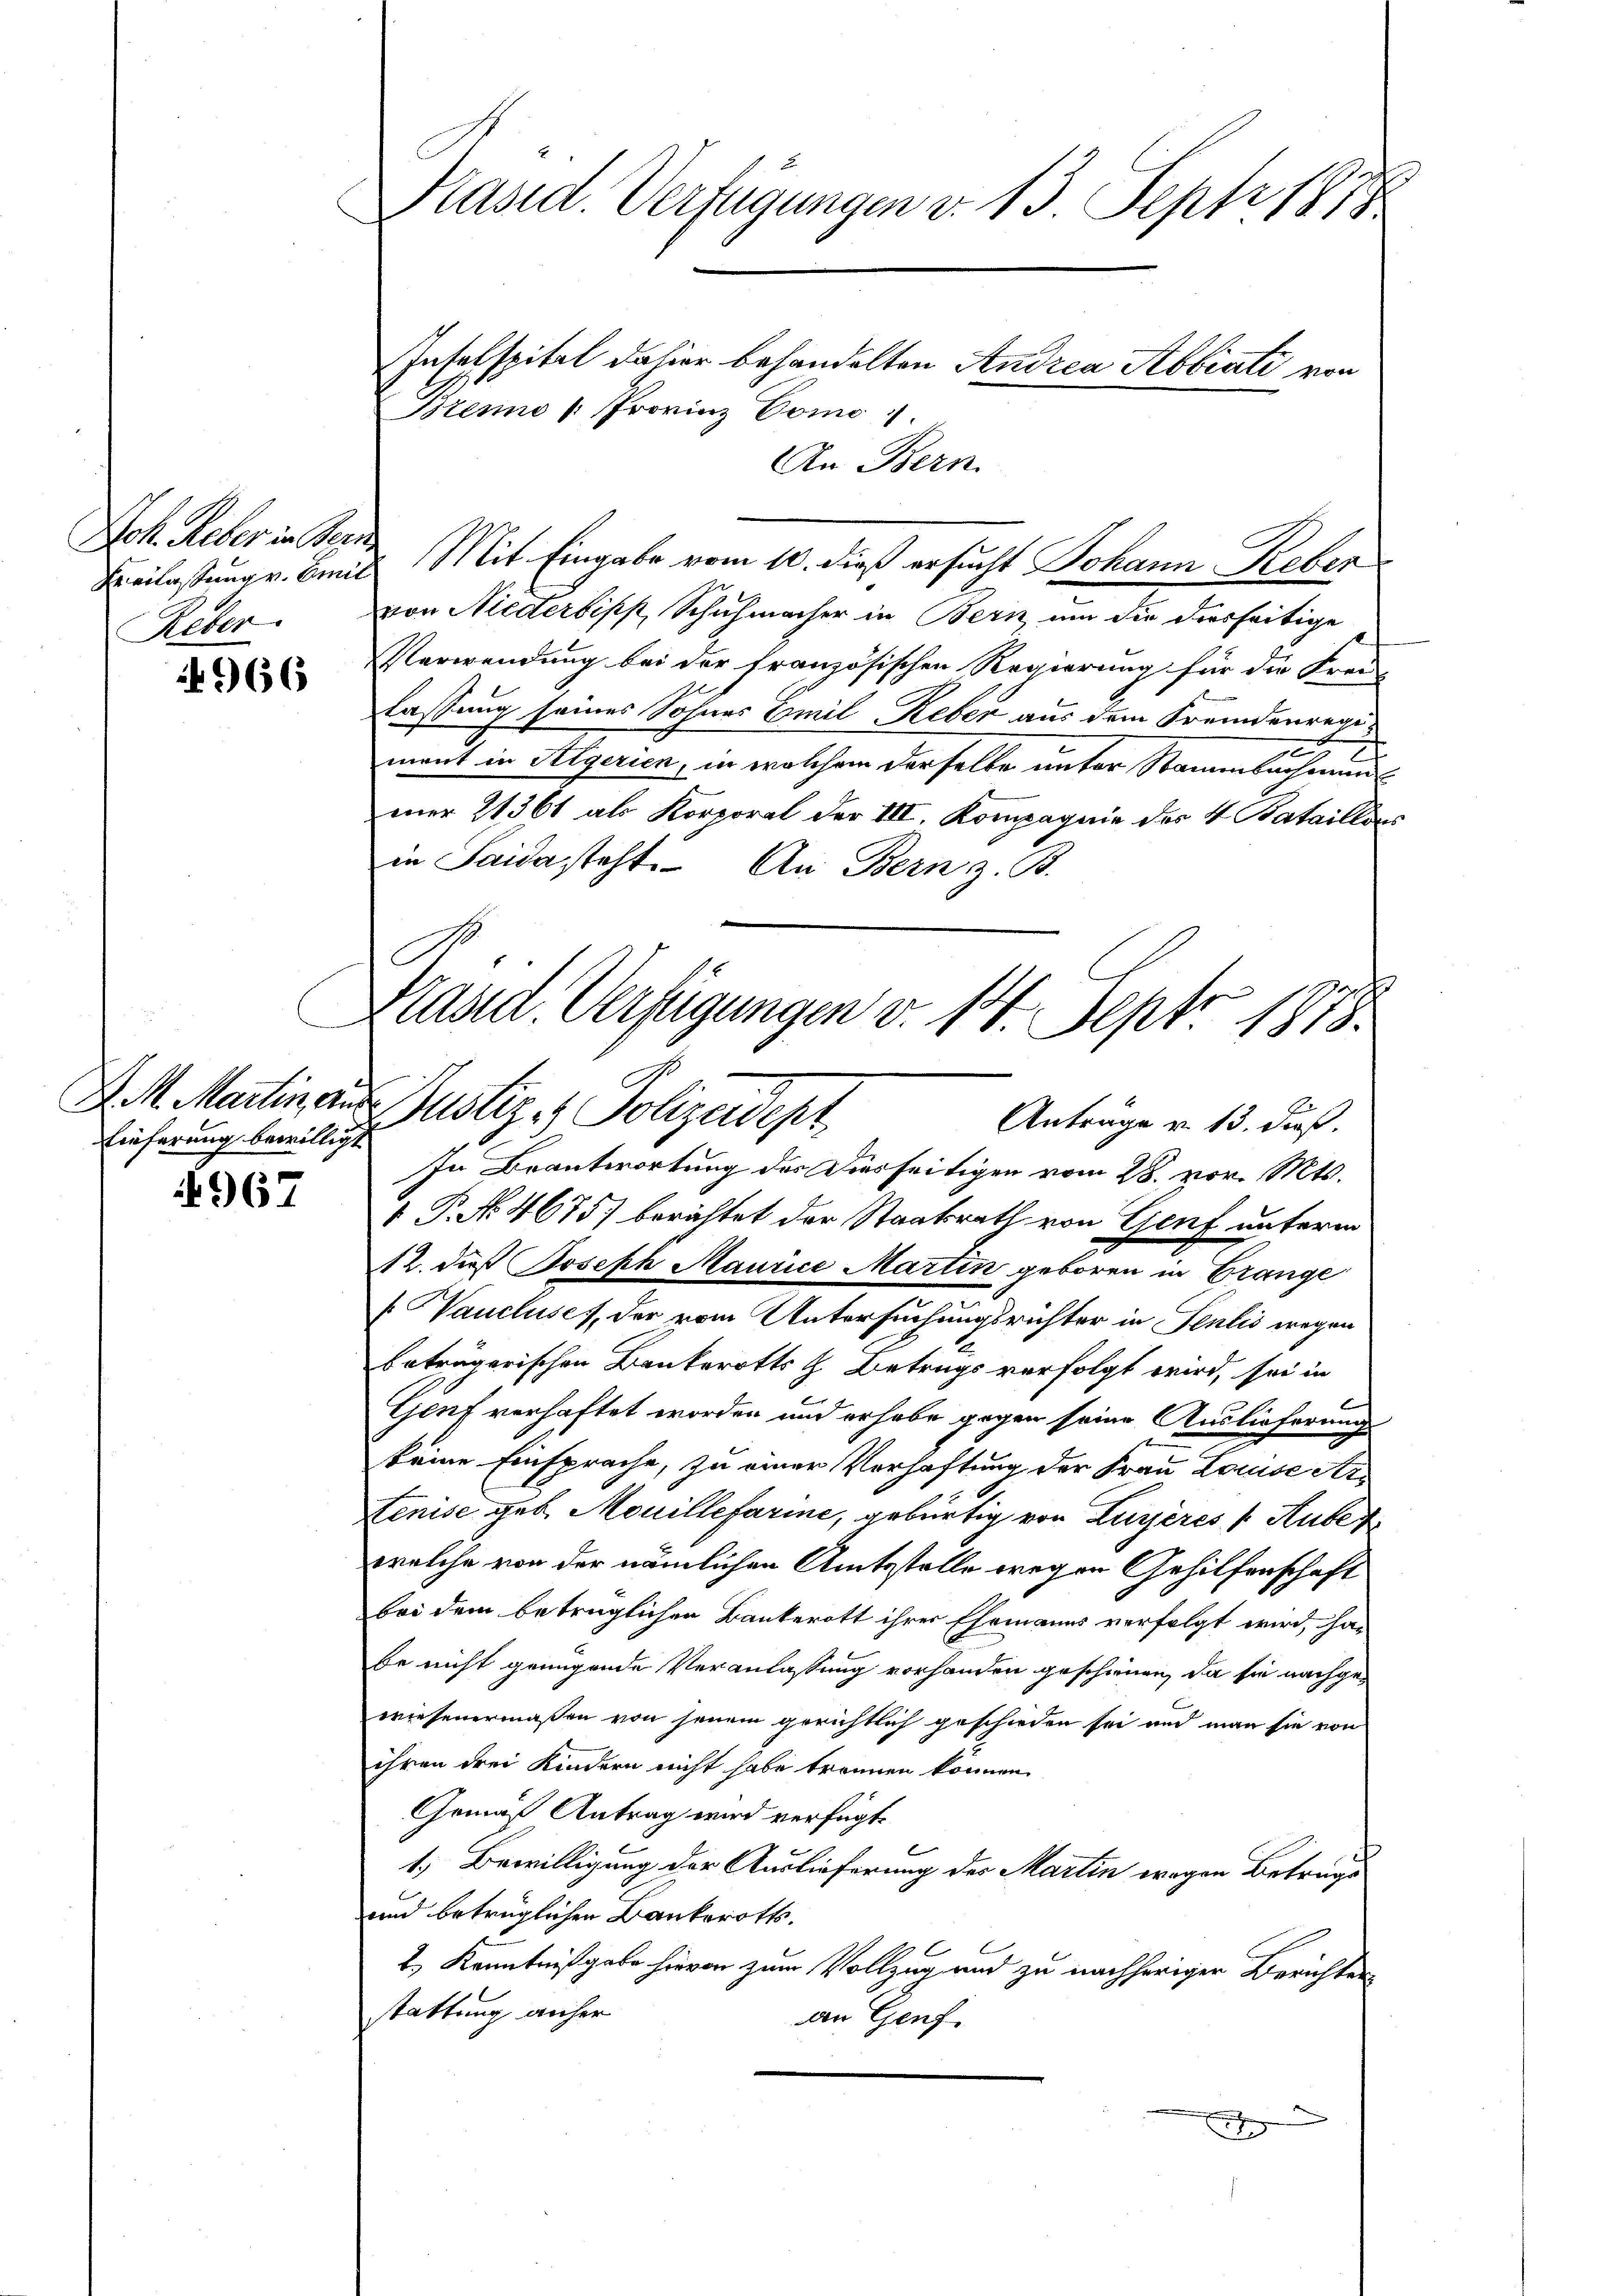
Joh. Reber in Beri
Reber.

966

Lieferung bewilligt

967

Präsid. Verfügungen v. 13. Sept 1878
Inselspitel dahier behandelten Andrea Abbiati von
Blenio (Provinz Como

An Bern.
Beilassung v. Band Mit Eingabe vom 10. dieß ersucht Johann Reber
von Niederbiss, Schuhmacher in Bern, um die diesseitige
Verwendung bei der französischen Regierung für die Frei-
lassung seines Sohnes Emil Reber aus dem Fremdenregiment in Algerien, in welchem derselbe unter Stammbacherungsmer 21361 als Korporal der III. Kompagnie des 4 Bataillens
in Saida steht. An Bern z. B.
In Beantwortung des Dierseitigen vom 28. vor. Mts.
 P. No. 4675) berichtet der Staatsrath von Genf unterm
12. dieß Joseph Maurice Martin geboren in Drange
[Waucluses, der vom Untersuchungsrichter in Fenlis wegen
beträgerischen Bankerotts H. Betrugs verfolgt wird, sei in
Genf verhaftet worden und erhabe gegen seine Auslieferung
keine Einsprache, zu einer Verhaftung der Frau Louise Ar¬
Tenise geb. Mouillefarine, gebürtig von Zugeres 1 Huber
welche von der nämlichen Amtsstelle wegen Gehilfenschaft
bei dem betrüglichen Bankerott ihrer Ehemanns verfolgt wird, habe nicht genügende Veranlassung vorhanden geschienen, da sie nachgewiesenermaßen von jenem gerichtlich geschieden sei und man sie von
ihren drei Kindern nicht habe trennen können
Gemäß Antrag wird verfügt:
.
1.) Bewilligung der Auslieferung des Martin wegen Betrage
und betrüglichen Bankeroths.
2.) Kenntnißgabe hievon zum Vollzug und zu nachheriger Berichten
stattung anher
an Genf
e

C
Kasd. Verfügungen v. 14. Sept. 1878.
D. M. Martin aus Justiz & Polizeidept
Anträge v. 13. dieß.